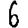
Digit: 6